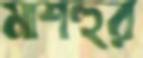
মাশহুর